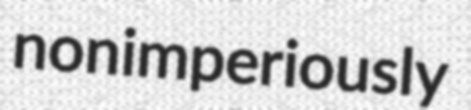
nonimperiously